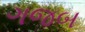
ગજબ